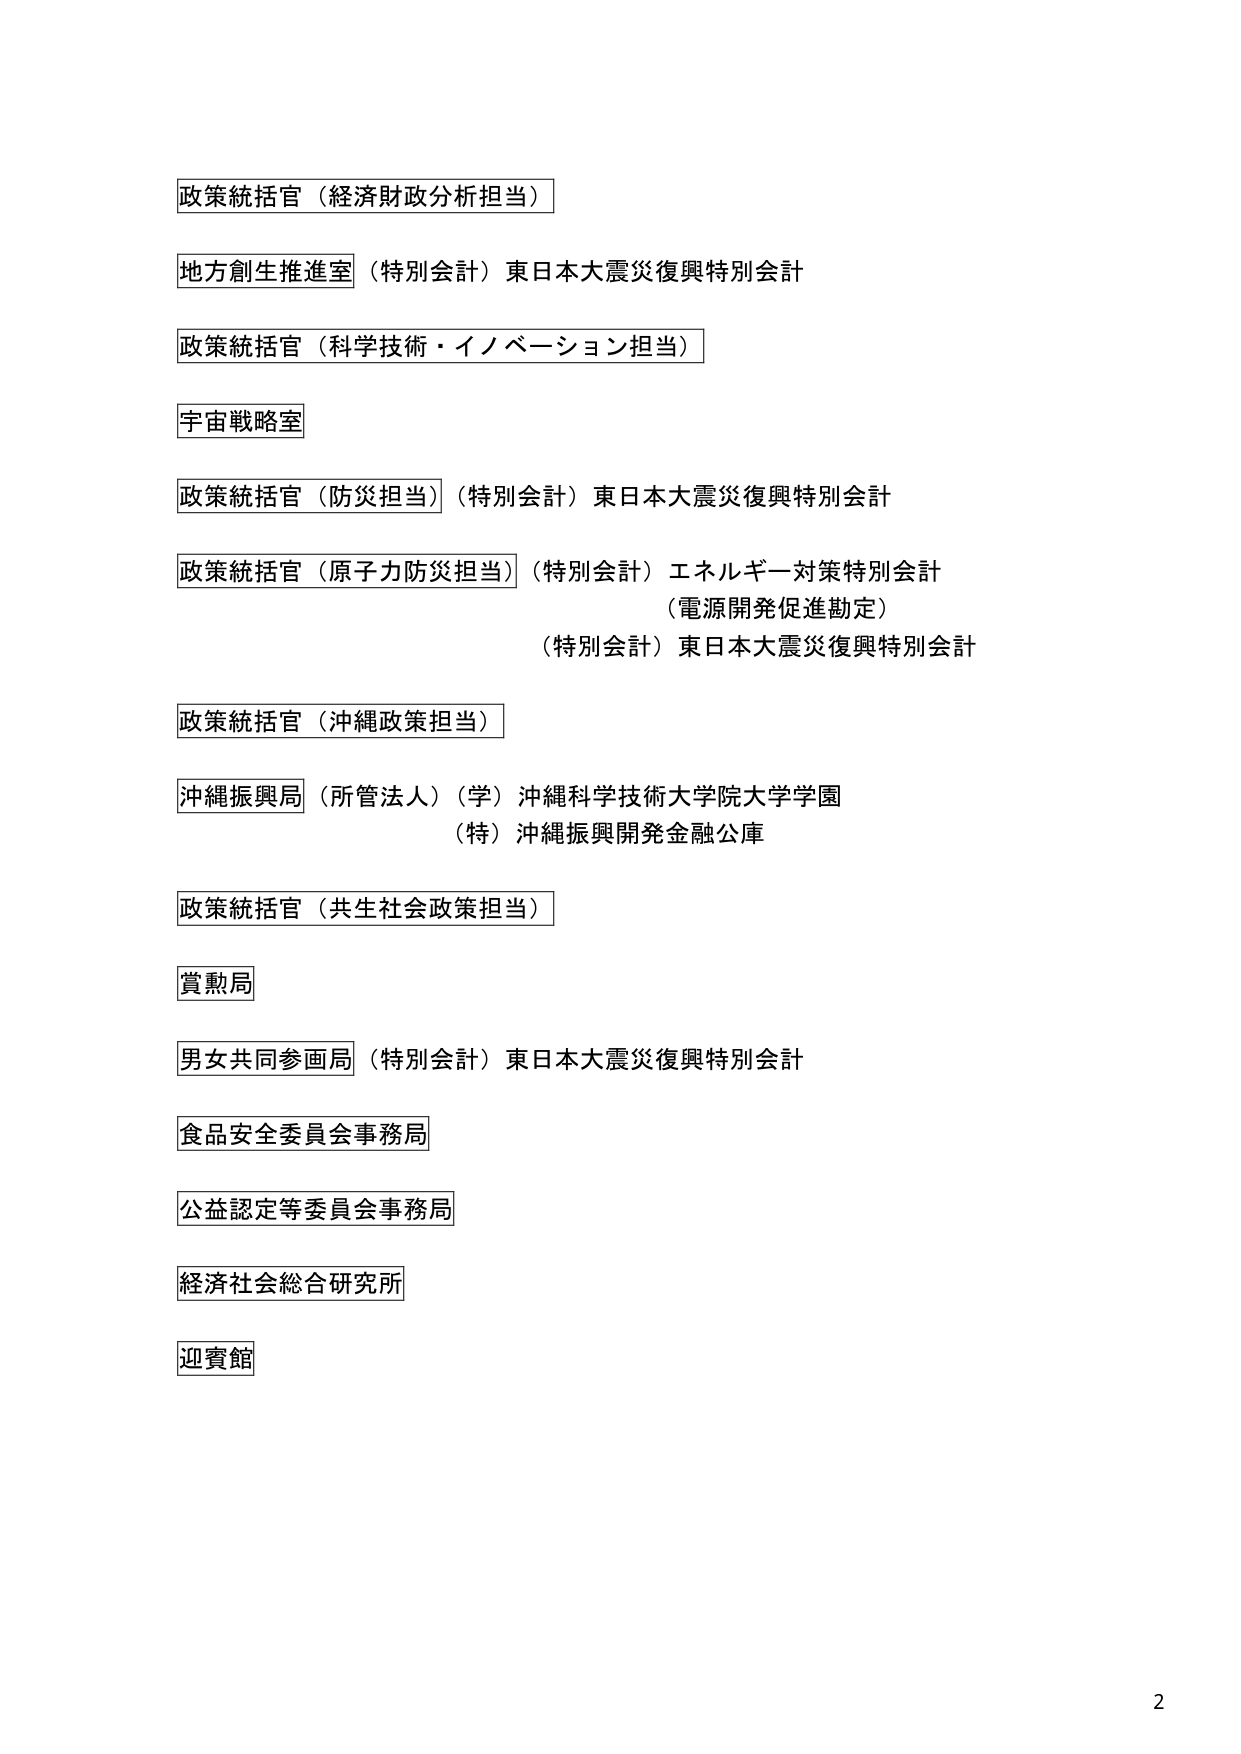
政策統括官（経済財政分析担当）

地方創生推進室（特別会計）東日本大震災復興特別会計

政策統括官（科学技術・イノベーション担当）

宇宙戦略室

政策統括官（防災担当）（特別会計）東日本大震災復興特別会計

政策統括官（原子力防災担当）（特別会計）エネルギー対策特別会計
（電源開発促進勘定）
（特別会計）東日本大震災復興特別会計

政策統括官（沖縄政策担当）

沖縄振興局（所管法人）（学）沖縄科学技術大学院大学学園
（特）沖縄振興開発金融公庫

政策統括官（共生社会政策担当）

賞勲局

男女共同参画局（特別会計）東日本大震災復興特別会計

食品安全委員会事務局

公益認定等委員会事務局

経済社会総合研究所

迎賓館

2